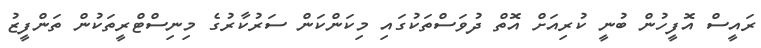
ރައީސް އޮފީހުން ބުނީ ކުރިއަށް އޮތް ދުވަސްތަކުގައި މިކަންކަން ސަރުކާރުގެ މިނިސްޓްރީތަކުން ތަންފީޒު